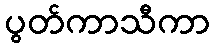
ပွတ်ကာသီကာ